system: You are a helpful assistant.
user:
Analyze the provided spectrum to determine if it is a **M-type Giant (gM)**.

A M-type Giant spectrum is defined by its **strong molecular absorption** features, particularly from **Titanium Oxide (TiO)**. You must check for one of the following mutually exclusive signatures:

- **Key Visual Indicators (Absorption-Dominated Spectrum):**

    - **(Primary):** The spectrum is dominated by strong molecular absorption from **Titanium Oxide (TiO)**. This is the **defining feature** of its M-type temperature class.
        - **(Key Bandheads):** Look for sharp, "saw-tooth" absorption valleys. The strongest are located near **~7050 Å**, **~6160 Å**, and **~5170 Å**.
        - **(Line Profile):** The "saw-tooth" morphology is critical: a **sharp, steep drop on the BLUE (short-wavelength) side** of the bandhead, followed by a gradual recovery (rising flux) towards the RED (long-wavelength) side.

    - **(Key Confirmation - Giant vs. Dwarf):** **ABSENCE** of strong **Calcium Hydride (CaH)** molecular bands. This is the primary diagnostic for *excluding* M-dwarfs.
        - **(Key Region):** The spectrum should lack the strong, broad absorption band seen in dwarfs between **~6800 Å and ~7000 Å**.

    - **(Secondary Confirmation - Giant):** A very strong and broad **Neutral Calcium (Ca I)** atomic absorption line.
        - **(Key Line):** Located at **~4226 Å**. In a giant (gM), this line is significantly deeper and broader than the same line in an M-dwarf (dM) due to low surface gravity.

    - **(Overall Spectrum):**
        - The continuum is **extremely red-sloping** (i.e., flux is very low in the blue and rises dramatically towards the red).
        - The entire spectrum appears "chopped up" by the deep TiO bands.

Think first, call **spectral_visualization_tool** if needed to examine features in detail, then provide your final answer. Your response must adhere to the following strict rules:
1.  **Overall Structure:** Your response must follow the format `<think>...</think> <tool_call>...</tool_call> (if a tool is used) <answer>...</answer>`.
2.  **Tool Usage Constraint:** You may only make **one** tool call per turn.
3.  **Final Answer Format:** In the `<answer>` tag, your conclusion must be inside a `\boxed{}` command (e.g., `\boxed{YES}` or `\boxed{NO}`), followed by your justification.

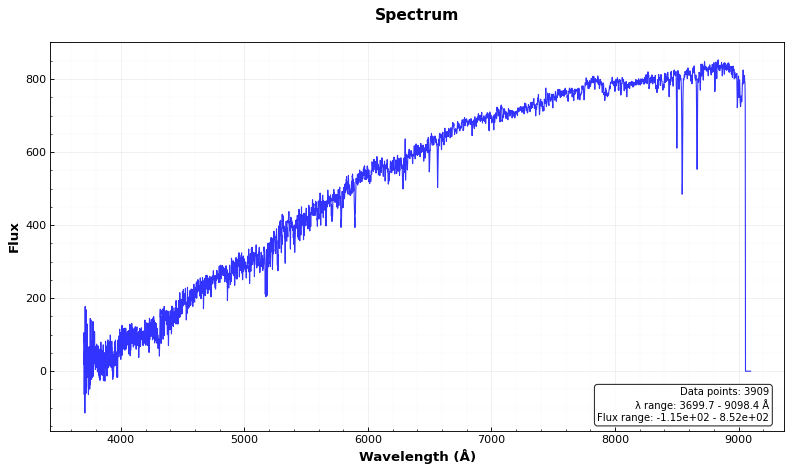
Answer: NO